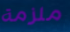
ملزمة